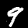
Label: 9